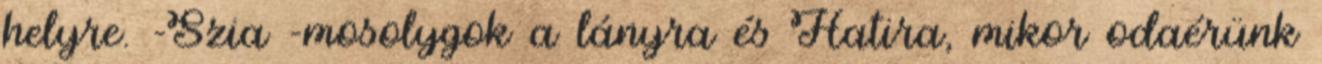
helyre. -Szia -mosolygok a lányra és Hatira, mikor odaérünk